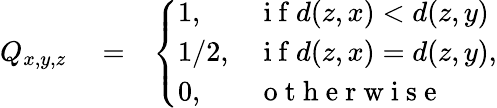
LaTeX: \begin{array}{rlr}{Q_{x,y,z}}&{{}=}&{\left\{ \begin{array}{ll}{1,}&{\mathrm{~i~f~}d(z,x)<d(z,y)}\\ {1/2,}&{\mathrm{~i~f~}d(z,x)=d(z,y)}\\ {0,}&{\mathrm{~o~t~h~e~r~w~i~s~e~}}\end{array}\right.,}\end{array}